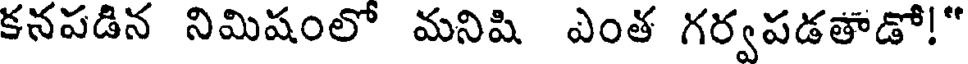
కనపడిన నిమిషంలో మనిషి ఎంత గర్వపడతాడో!"